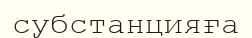
субстанцияға